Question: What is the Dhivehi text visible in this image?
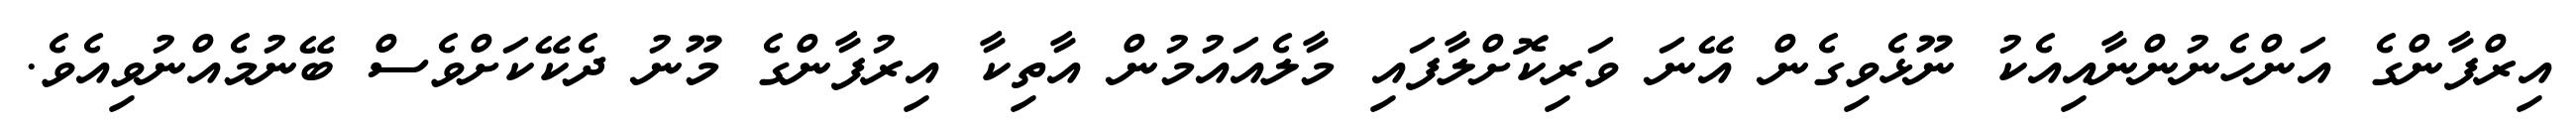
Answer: އިރްފާންގެ އަންހެނުންނާއިއެކު ނޫޅެވިގެން އޭނަ ވަރިކޮށްލާފައި މާލެއައުމުން އާތިކާ އިރުފާންގެ މޫނު ދެކޭކަށްވެސް ބޭނުމެއްނުވިއެވެ.